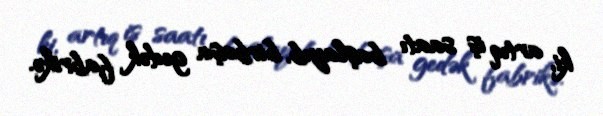
ki, artıq iş saatı başlayıb, birbaşa gedək fabrikə.